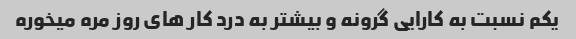
یکم نسبت به کارایی گرونه و بیشتر به درد کار های روز مره میخوره